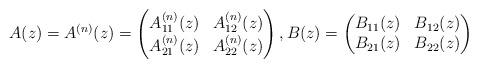
LaTeX: \begin{gather*}A(z) = A^{(n)}(z) = \left(\begin{matrix}A_{11}^{(n)}(z) & A^{(n)}_{12}(z)\\A_{21}^{(n)}(z) & A^{(n)}_{22}(z)\end{matrix}\right), B(z)= \left(\begin{matrix}B_{11}(z) & B_{12}(z)\\B_{21}(z) & B_{22}(z)\end{matrix}\right)\end{gather*}